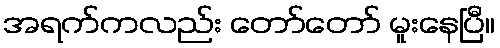
အရက်ကလည်း တော်တော် မူးနေပြီ။